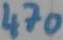
Text: 470